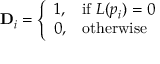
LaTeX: \mathbf { D } _ { i } = { \left\{ \begin{array} { l l } { 1 , } & { { \mathrm { i f ~ } } L ( p _ { i } ) = 0 \ } \\ { 0 , } & { { \mathrm { o t h e r w i s e } } } \end{array} \right. }